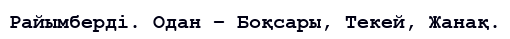
Райымберді. Одан – Боқсары, Текей, Жанақ.